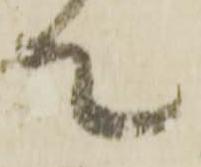
て